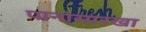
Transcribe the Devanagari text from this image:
पानासारखा